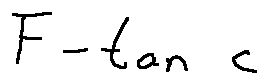
F - \tan c